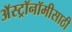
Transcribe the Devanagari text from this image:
अॅस्ट्रॉनॉमीसाठी